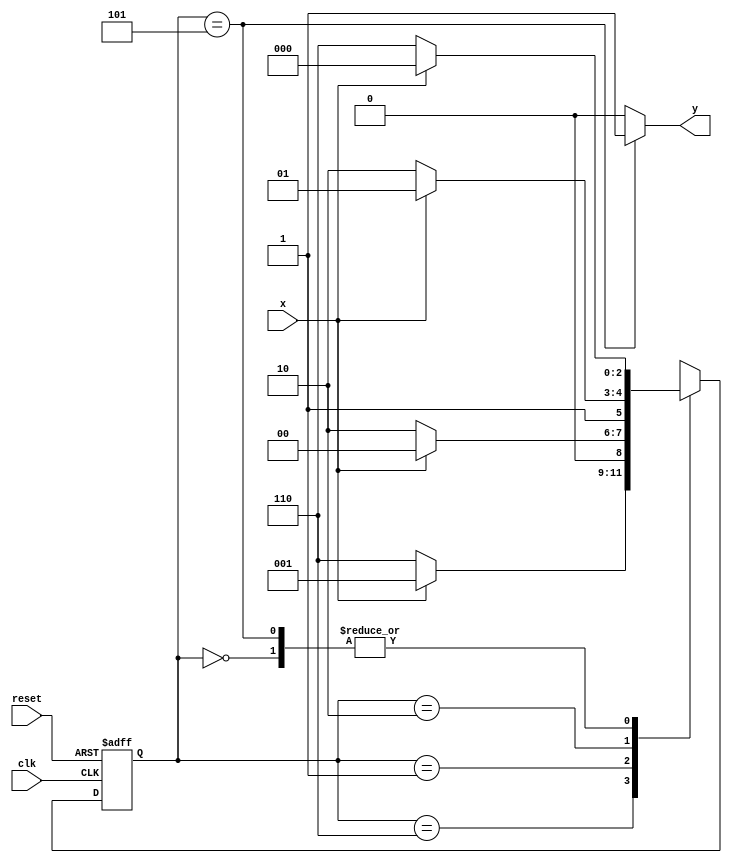
//----------------------------
// Nome: Silvino Henrique Santos de Souza
// Matrcula: 412773
//----------------------------


//----------------------------
//------ Guia 10 - 02---------
//----------------------------

// constant definition
`define found    1
`define notfound 0

// FSM by Moore
module  exercicio02_seq0110_moore ( y, x, clk, reset );

	output y;
	input  x;
	input  clk;
	input  reset;

	reg    y;

	parameter        // state identifiers
		start  = 3'b000,
		id0    = 3'b110,
		id01   = 3'b001,
		id011  = 3'b010,
		id0110 = 3'b101;  //  signal found

	reg [2:0] E1;	// current state variables
	reg [2:0] E2;	// next state logic output

	// next state logic
	
		always @( x or E1 )
		begin
		y = `notfound;
		
		case( E1 )
		start:
			if ( x )
				E2 = start;
			else
				E2 = id0;
			
			id0:
				if ( x )
					E2 = id01;
				else
					E2 = id0;
			
			id01:
				if ( x )
					E2 = start;
				else
					E2 = id011;
			
			id011:
				if ( x )
					E2 = id0110;
				else
					E2 = id0;
			
			id0110:
			if ( x )
				begin
			 		E2 = start;
					y = `found;
				end
			else
				begin
					E2 = id0;
					y = `found;
				end
			
			default:   // undefined statee  
				E2 = 3'bxxx;
				
		endcase
		end // always at signal or state changing


	// state variables
		always @( posedge clk or negedge reset )
		begin
			if ( reset )
				E1 = E2;    // updates current state
			else
				E1 = 0;     // reset
		end // always at signal changing

endmodule // exercicio02_seq0110_moore

module Exercicio2;
	
	reg   clk, reset, x;
	wire  m1;

 	exercicio02_seq0110_moore M1 ( m1, x, clk, reset );

	initial
	begin
		
		$display("Silvino Henrique Santos de Souza - 412773 - Guia 10");
		$display("\n Time\tX   Seq 0110" );

	// initial values
       clk   = 1;
       reset = 0;
       x     = 0;

	// input signal changing
		#10   reset = 1;
		#10  x = 1;
		#10  x = 0;
		#10  x = 0;
		#10  x = 1;
		#10  x = 0;
		#10  x = 1;
		#10  x = 1;
		#10  x = 1;
		#10  x = 1;
		#10  x = 0;
		#10  x = 1;
		#10  x = 1;
		#10  x = 1;
		#10  x = 0;
		#10  x = 1;
		#10  x = 0;
		#10  x = 0;
		#10  x = 0;
		
		#5 $finish;
	
	end // initial

	always
		#5 clk = ~clk;

	always @( posedge clk )
	begin
			$display ( "%4d \t%b\t%b", $time, x, m1);
	end // always at positive edge clocking changing

endmodule